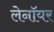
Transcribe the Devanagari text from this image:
लेनॉयर